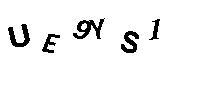
UE9YS1